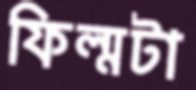
ফিল্মটা